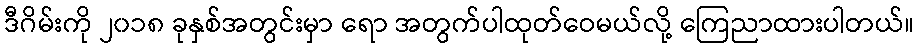
ဒီဂိမ်းကို ၂၀၁၈ ခုနှစ်အတွင်းမှာ ရော အတွက်ပါထုတ်ဝေမယ်လို့ ကြေညာထားပါတယ်။